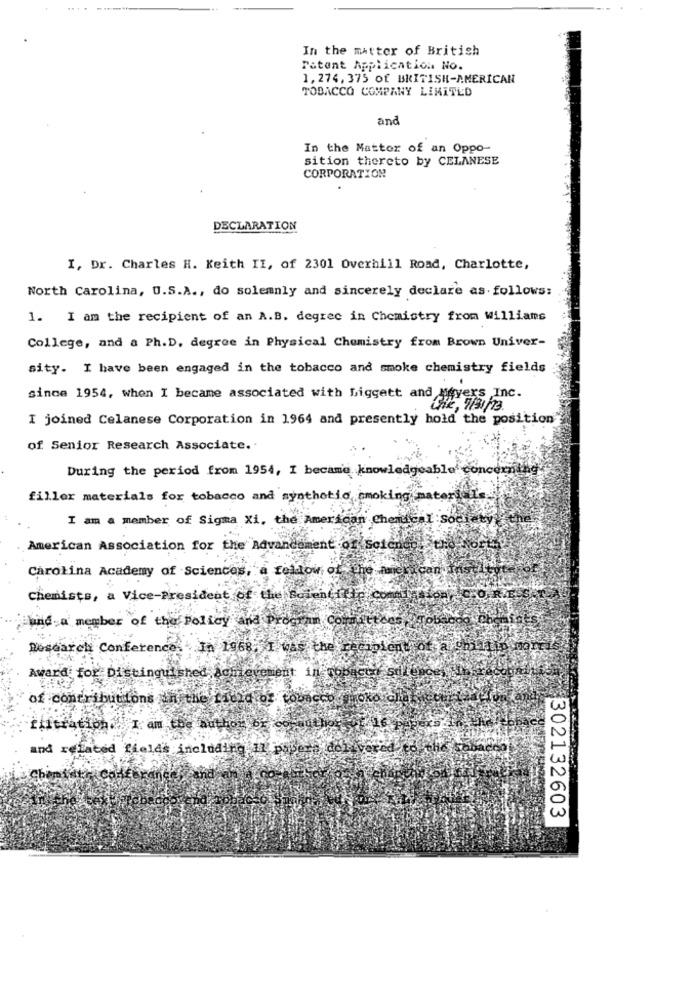
In the matter of British
Patent Application No.
1,274, 375 of BRITISH-AMERICAN
TOBACCO COMPANY LIMITED
and
In the Matter of an Oppo-
sition thereto by CELANESE
CORPORATION
DECLARATION
I, Dr. Charles H. Keith II, of 2301 Overhill Road, Charlotte,
North Carolina, U.S.A ., do solemnly and sincerely declare as follows:
1. I am the recipient of an A.B. degrec in Chemistry from williams
College, and a Ph.D. degree in Physical Chemistry from Brown Univer-
sity. I have been engaged in the tobacco and smoke chemistry fields
.
since 1954, when I became associated with biggett and Meyers Inc.
I joined Celanese Corporation in 1964 and presently hold the position"
of Senior Research Associate.
During the period from 1954, I became knowledgeable' concern
filler materials for tobacco and synthetic smoking materi
I am a member of Sigma Xi, the American Chemical society
American Association for the Advancement of Soient
Carolina Academy of Sciences, a fellow of
Chemists, a Vice-President of the Soient ffel
ind. a member of the Policy and Pr
Committees
... .
Research Conference. In 1968. I was the recipient of al
Award for Distinguished achievement in ropa
of contributions in the field of
icco
KOKO
and related fields including, il pijeme del
302132603